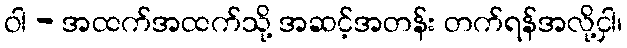
ဝါ - အထက်အထက်သို့ အဆင့်အတန်း တက်ရန်အလို့ငှါ၊